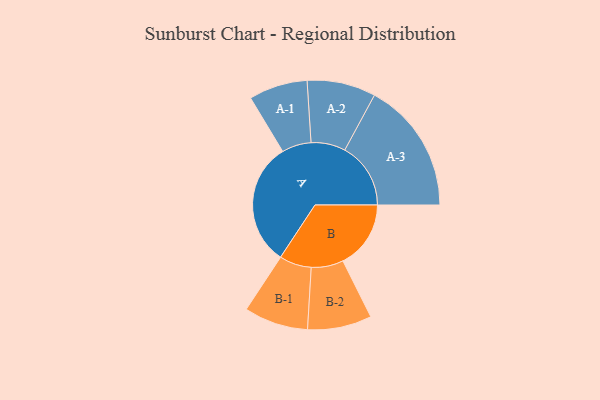
{"axis": {"x": "Segment", "y": "Value"}, "legend": ["", "A", "B"], "data": [{"x": "A", "y": 497, "type": ""}, {"x": "B", "y": 273, "type": ""}, {"x": "A-1", "y": 118, "type": "A"}, {"x": "A-2", "y": 138, "type": "A"}, {"x": "A-3", "y": 265, "type": "A"}, {"x": "B-1", "y": 129, "type": "B"}, {"x": "B-2", "y": 129, "type": "B"}]}